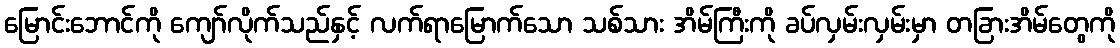
မြောင်းဘောင်ကို ကျော်လိုက်သည်နှင့် လက်ရာမြောက်သော သစ်သား အိမ်ကြီးကို ခပ်လှမ်းလှမ်းမှာ တခြားအိမ်တွေကို